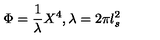
\Phi = \frac { 1 } { \lambda } X ^ { 4 } , \lambda = 2 \pi l _ { s } ^ { 2 }